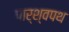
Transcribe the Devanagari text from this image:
पार्श्‍वपथ